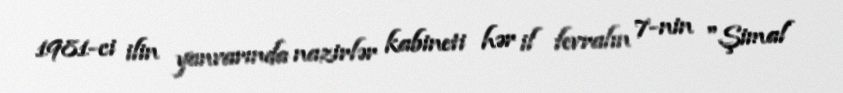
1981-ci ilin yanvarında nazirlər kabineti hər il fevralın 7-nin "Şimal